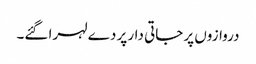
دروازوں پر جاتی دار پر دے لہرا گئے۔